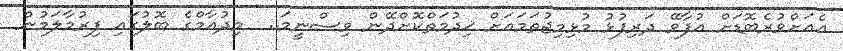
އެއަށްވުރެބޮޑަށް އުފާވޭ ދަރިފުޅު މުޅިމިޖުތަމައަށް ޚިދުމަތްކޮށްދޭން ވިސްނީމަ..  މިދުއާމްގެ ބޮލުގައި ފިރުމާލަމުން